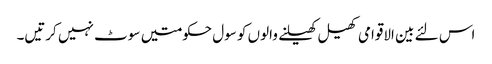
اس لئے بین الاقوامی کھیل کھیلنے والوں کو سول حکومتیں سوٹ نہیں کرتیں۔